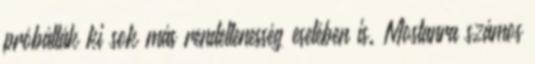
próbálták ki sok más rendellenesség esetében is. Mostanra számos